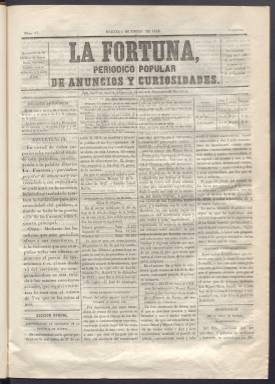
Título: La Fortuna (Madrid)
Colección: Periódicos anteriores a 1850
Ámbito geográfico: Madrid
Lugar de publicación: Madrid
Fechas: 04/01/1848-23/01/1848